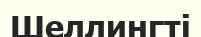
Шеллингті